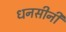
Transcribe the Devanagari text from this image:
धनसीनी